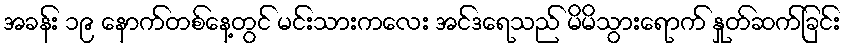
အခန်း ၁၉ နောက်တစ်နေ့တွင် မင်းသားကလေး အင်ဒရေသည် မိမိသွားရောက် နှုတ်ဆက်ခြင်း